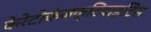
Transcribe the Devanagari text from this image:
केरेटोकंजक्टिवाइटिस